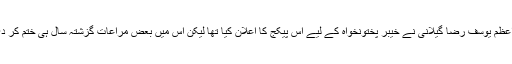
سابق وزیر اعظم یوسف رضا گیلانی نے خیبر پختونخواہ کے لیے اس پیکج کا اعلان کیا تھا لیکن اس میں بعض مراعات گزشتہ سال ہی ختم کر دی گئی تھیں۔